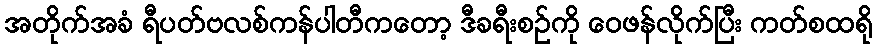
အတိုက်အခံ ရီပတ်ဗလစ်ကန်ပါတီကတော့ ဒီခရီးစဉ်ကို ဝေဖန်လိုက်ပြီး ကတ်စထရို